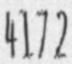
4172